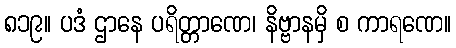
၈၁၉။ ပဒံ ဌာနေ ပရိတ္တာဏေ၊ နိဗ္ဗာနမှိ စ ကာရဏေ။